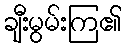
ချီးမွမ်းကြ၏